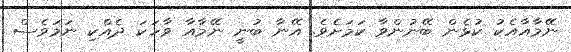
ނޭމާއާއެކު ކުޅެން ބޭނުންވާ ކަމަށެވެ. އޭނާ ބުނީ ނޭމާއާ ވާހަކަ ދެއްކި ނަމަވެސް